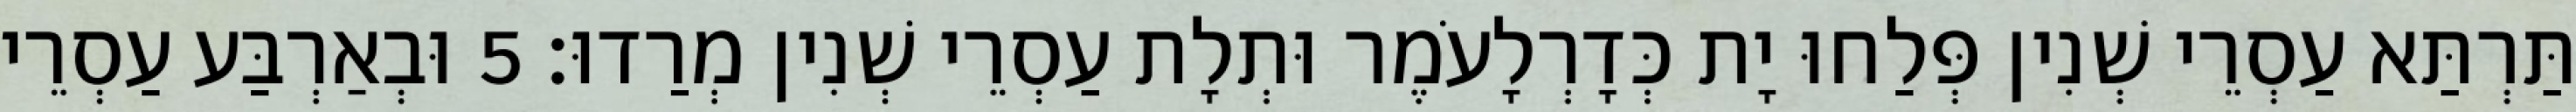
תַּרְתַּא עַסְרֵי שְׁנִין פְּלַחוּ יָת כְּדָרְלָעֹמֶר וּתְלָת עַסְרֵי שְׁנִין מְרַדוּ׃ 5 וּבְאַרְבַּע עַסְרֵי